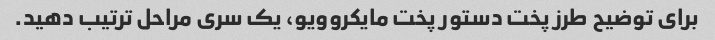
برای توضیح طرز پخت دستور پخت مایکروویو، یک سری مراحل ترتیب دهید.